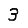
Digit: 3